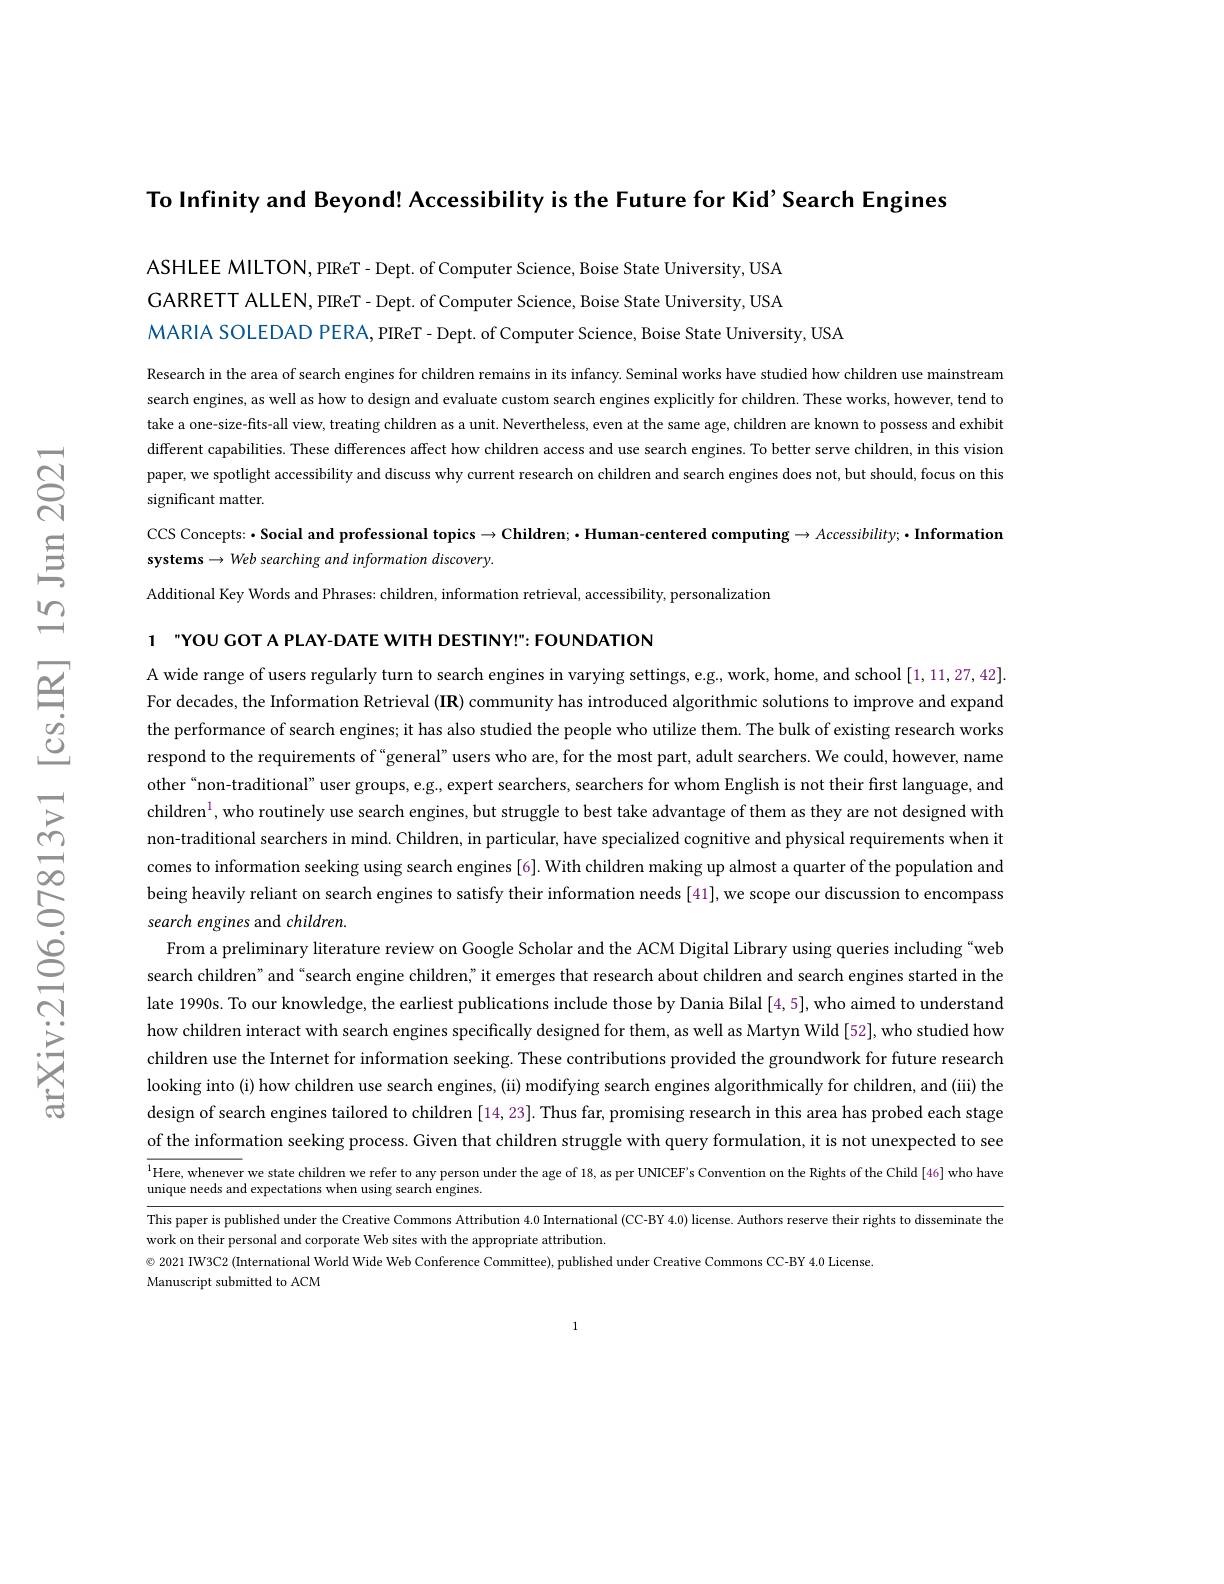
To Infinity and Beyond! Accessibility is the Future for Kid' Search Engines

ASHLEE MILTON, PIReT- Dept. of Computer Science, Boise State University, USA GARRETT ALLEN, PIReT- Dept. of Computer Science, Boise State University, USA MARIA SOLEDAD PERA, PIReT- Dept. of Computer Science, Boise State University, USA

Research in the area of search engines for children remains in its infancy. Seminal works have studied how children use mainstream search engines, as well as how to design and evaluate custom search engines explicitly for children. These works, however, tend to take a one-size-fits-all view, treating children as a unit. Nevertheless, even at the same age, children are known to possess and exhibit different capabilities. These differences affect how children access and use search engines. To better serve children, in this vision paper, we spotlight accessibility and discuss why current research on children and search engines does not, but should, focus on this

significant matter.

CCS Concepts: ·Social and professional topics $\to$Children; • Human-centered computing → Accessibility; • Information
systems $\to Web$ searching and information discovery.

Additional Key Words and Phrases: children, information retrieval, accessibility, personalization

1 "YOU COT A PLAY-DATE WITH DESTINY!" FOUNDATION

A wide range of users regularly turn to search engines in varying settings, e.g., work, home, and school [1,11,27,42]. For decades, the Information Retrieval (IR) community has introduced algorithmic solutions to improve and expand the performance of search engines; it has also studied the people who utilize them. The bulk of existing research works respond to the requirements of “general” users who are, for the most part, adult searchers. We could, however, name other“non-traditional”user groups, e.g., expert searchers, searchers for whom English is not their first language, and children$^1$,who routinely use search engines, but struggle to best take advantage of them as they are not designed with non-traditional searchers in mind. Children, in particular, have specialized cognitive and physical requirements when it comes to information seeking using search engines [6]. With children making up almost a quarter of the population and being heavily reliant on search engines to satisfy their information needs [41], we scope our discussion to encompass search engines and children.
From a preliminary literature review on Google Scholar and the ACM Digital Library using queries including "web search children" and “search engine children,” it emerges that research about children and search engines started in the late 1990s. To our knowledge, the earliest publications include those by Dania Bilal [4,5],who aimed to understand how children interact with search engines specifically designed for them, as well as Martyn Wild [52], who studied how children use the Internet for information seeking. These contributions provided the groundwork for future research looking into (i) how children use search engines, (ii) modifying search engines algorithmically for children, and (iii) the design of search engines tailored to children [14,23]. Thus far, promising research in this area has probed each stage of the information seeking process. Given that children struggle with query formulation, it is not unexpected to see $^{1}$Here, whenever we state children we refer to any person under the age of 18, as per UNICEF's Convention on the Rights of the Child[46] who have unique needs and expectations when using search engines.

This paper is published under the Creative Commons Attribution 4.0 International (CC-BY 4.0) license. Authors reserve their rights to disseminate the
work on their personal and corporate Web sites with the appropriate attribution.
© 2021 IW3C2 (International World Wide Web Conference Committee), published under Creative Commons CC-BY 4.0 License
Manuscript submitted to ACM